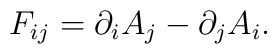
F_{ij} = \partial_i A_j - \partial_j A_i.